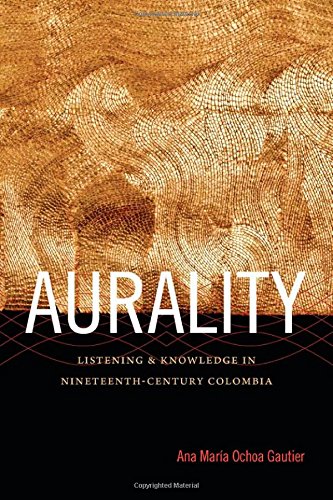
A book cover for Aurality: Listening and Knowledge in Nineteenth-Century Colombia (Sign, Storage, Transmission); Ana MarÃ­a Ochoa Gautier; Science & Math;